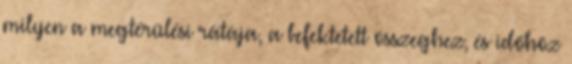
milyen a megtérülési rátája, a befektetett összeghez, és időhöz